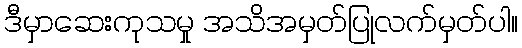
ဒီမှာဆေးကုသမှု အသိအမှတ်ပြုလက်မှတ်ပါ။